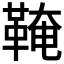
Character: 𩋊